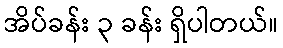
အိပ်ခန်း ၃ ခန်း ရှိပါတယ်။